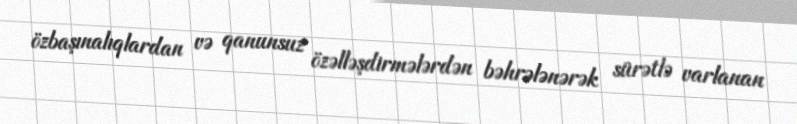
özbaşınalıqlardan və qanunsuz özəlləşdirmələrdən bəhrələnərək sürətlə varlanan